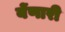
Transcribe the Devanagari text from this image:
येंणारी